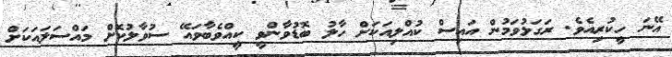
އޭނަ ހީކުރިއެވެ. ރަގަޅުވަމުން އައިސް ކުއްލިއަކަށް ހާލު ބޮޑުވާންވީ ކީއްވެބާވައޭ ސުވާލުކޮށް މައްސަލައަކަށް